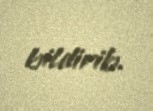
bildirib.